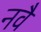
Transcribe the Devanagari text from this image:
नवै